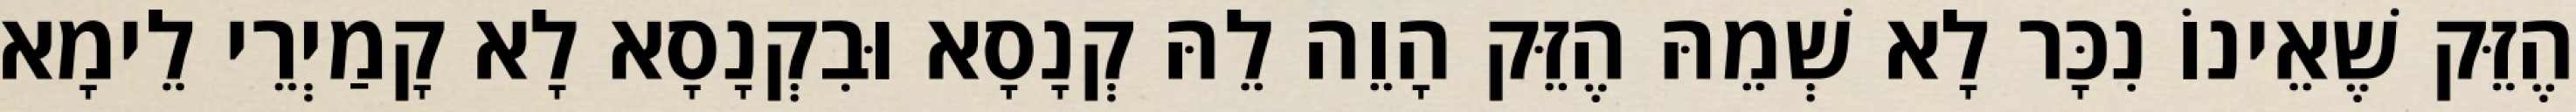
הֶזֵּק שֶׁאֵינוֹ נִכָּר לָא שְׁמֵהּ הֶזֵּק הָוֵה לֵהּ קְנָסָא וּבִקְנָסָא לָא קָמַיְרֵי לֵימָא